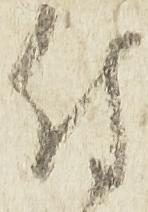
付